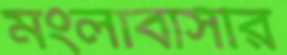
মংলাবাসীর